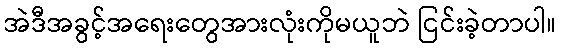
အဲဒီအခွင့်အရေးတွေအားလုံးကိုမယူဘဲ ငြင်းခဲ့တာပါ။